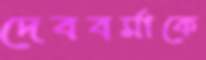
দেববর্মাকে